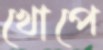
খোপে